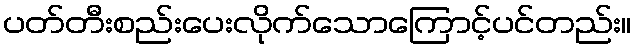
ပတ်တီးစည်းပေးလိုက်သောကြောင့်ပင်တည်း။